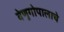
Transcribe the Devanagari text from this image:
वेणुगोपालाचे